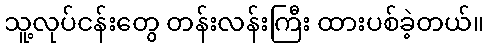
သူ့လုပ်ငန်းတွေ တန်းလန်းကြီး ထားပစ်ခဲ့တယ်။